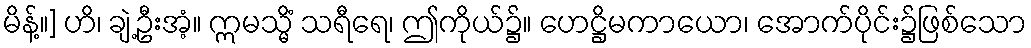
မိန့်။] ဟိ၊ ချဲ့ဦးအံ့။ ဣမသ္မိံ သရီရေ၊ ဤကိုယ်၌။ ဟေဋ္ဌိမကာယော၊ အောက်ပိုင်း၌ဖြစ်သော